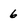
Character: 6